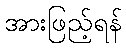
အားဖြည့်ရန်